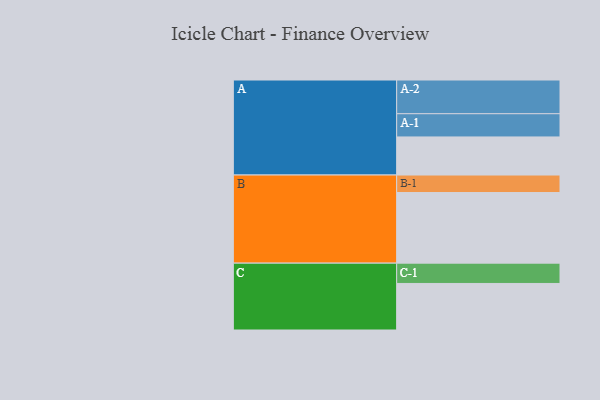
{"axis": {"x": "Segment", "y": "Value"}, "legend": ["", "A", "B", "C"], "data": [{"x": "A", "y": 315, "type": ""}, {"x": "B", "y": 584, "type": ""}, {"x": "C", "y": 385, "type": ""}, {"x": "A-1", "y": 192, "type": "A"}, {"x": "A-2", "y": 279, "type": "A"}, {"x": "B-1", "y": 145, "type": "B"}, {"x": "C-1", "y": 168, "type": "C"}]}